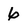
Character: 6